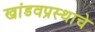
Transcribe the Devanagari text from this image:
खांडवप्रस्थाचे